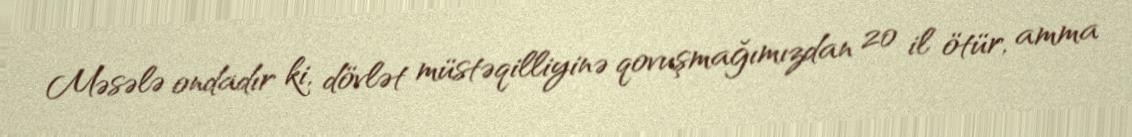
Məsələ ondadır ki, dövlət müstəqilliyinə qovuşmağımızdan 20 il ötür, amma